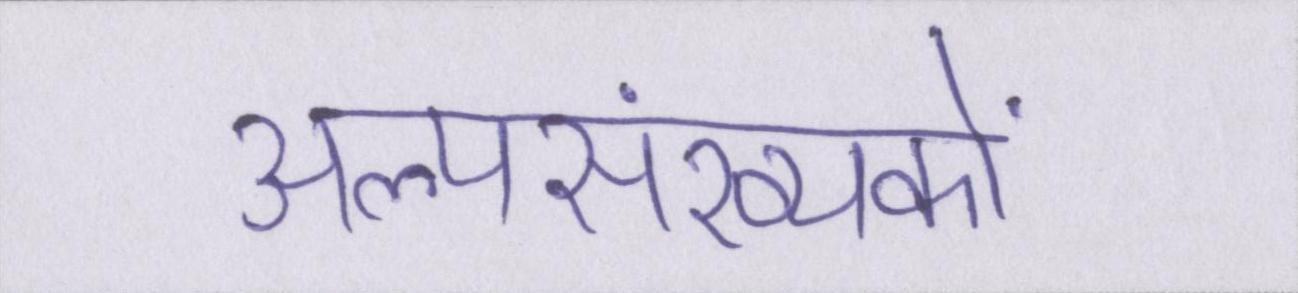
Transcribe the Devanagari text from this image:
अल्पसंख्यकों